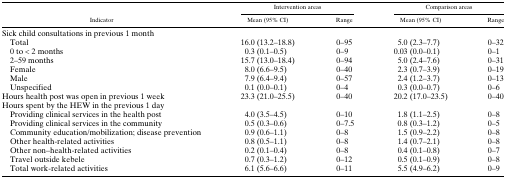
<table><thead><tr><td rowspan="2"><b>Indicator</b></td><td colspan="2"><b>Intervention areas</b></td><td colspan="2"><b>Comparison areas</b></td></tr><tr><td><b>Mean (95% CI)</b></td><td><b>Range</b></td><td><b>Mean (95% CI)</b></td><td><b>Range</b></td></tr></thead><tbody><tr><td colspan="5">Sick child consultations in previous 1 month</td></tr><tr><td> Total</td><td>16.0 (13.2–18.8)</td><td>0–95</td><td>5.0 (2.3–7.7)</td><td>0–32</td></tr><tr><td> 0 to &lt; 2 months</td><td>0.3 (0.1–0.5)</td><td>0–9</td><td>0.03 (0.0–0.1)</td><td>0–1</td></tr><tr><td> 2–59 months</td><td>15.7 (13.0–18.4)</td><td>0–94</td><td>5.0 (2.4–7.6)</td><td>0–31</td></tr><tr><td> Female</td><td>8.0 (6.6–9.5)</td><td>0–40</td><td>2.3 (0.7–3.9)</td><td>0–19</td></tr><tr><td> Male</td><td>7.9 (6.4–9.4)</td><td>0–57</td><td>2.4 (1.2–3.7)</td><td>0–13</td></tr><tr><td> Unspecified</td><td>0.1 (0.0–0.1)</td><td>0–4</td><td>0.3 (0.0–0.7)</td><td>0–6</td></tr><tr><td>Hours health post was open in previous 1 week</td><td>23.3 (21.0–25.5)</td><td>0–40</td><td>20.2 (17.0–23.5)</td><td>0–40</td></tr><tr><td colspan="5">Hours spent by the HEW in the previous 1 day</td></tr><tr><td> Providing clinical services in the health post</td><td>4.0 (3.5–4.5)</td><td>0–10</td><td>1.8 (1.1–2.5)</td><td>0–8</td></tr><tr><td> Providing clinical services in the community</td><td>0.5 (0.3–0.6)</td><td>0–7.5</td><td>0.8 (0.3–1.2)</td><td>0–5</td></tr><tr><td> Community education/mobilization; disease prevention</td><td>0.9 (0.6–1.1)</td><td>0–8</td><td>1.5 (0.9–2.2)</td><td>0–8</td></tr><tr><td> Other health-related activities</td><td>0.8 (0.5–1.1)</td><td>0–8</td><td>1.4 (0.7–2.1)</td><td>0–8</td></tr><tr><td> Other non–health-related activities</td><td>0.2 (0.1–0.4)</td><td>0–8</td><td>0.4 (0.1–0.8)</td><td>0–7</td></tr><tr><td> Travel outside kebele</td><td>0.7 (0.3–1.2)</td><td>0–12</td><td>0.5 (0.1–0.9)</td><td>0–8</td></tr><tr><td> Total work-related activities</td><td>6.1 (5.6–6.6)</td><td>0–11</td><td>5.5 (4.9–6.2)</td><td>0–9</td></tr></tbody></table>